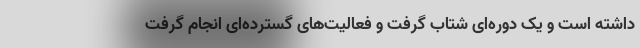
داشته است و یک دوره‌ای شتاب گرفت و فعالیت‌های گسترده‌ای انجام گرفت